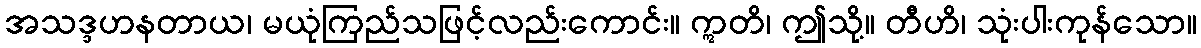
အသဒ္ဒဟနတာယ၊ မယုံကြည်သဖြင့်လည်းကောင်း။ ဣတိ၊ ဤသို့။ တီဟိ၊ သုံးပါးကုန်သော။